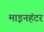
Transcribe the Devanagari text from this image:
माइनहंटर